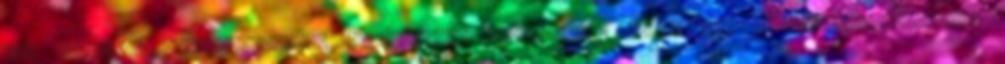
úgy tetszik: hatásvadásznak, szándékosan generáltnak érzem ezt a problémafelvetést.